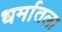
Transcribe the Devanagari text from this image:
धर्मातला